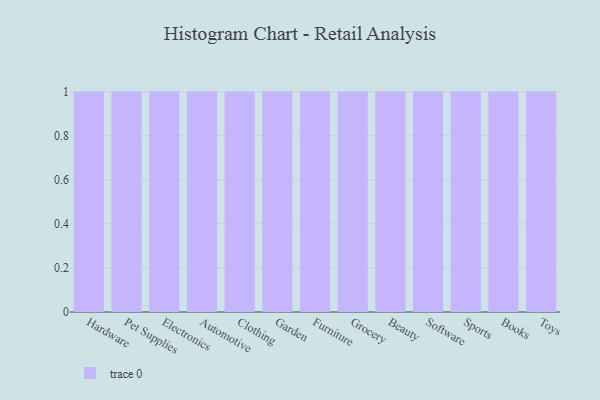
{"axis": {"x": "Category", "y": "Satisfaction Score"}, "legend": [""], "data": [{"x": "Hardware", "y": 17, "type": ""}, {"x": "Pet Supplies", "y": 44, "type": ""}, {"x": "Electronics", "y": 20, "type": ""}, {"x": "Automotive", "y": 48, "type": ""}, {"x": "Clothing", "y": 4, "type": ""}, {"x": "Garden", "y": 56, "type": ""}, {"x": "Furniture", "y": 29, "type": ""}, {"x": "Grocery", "y": 49, "type": ""}, {"x": "Beauty", "y": 63, "type": ""}, {"x": "Software", "y": 87, "type": ""}, {"x": "Sports", "y": 63, "type": ""}, {"x": "Books", "y": 47, "type": ""}, {"x": "Toys", "y": 94, "type": ""}]}